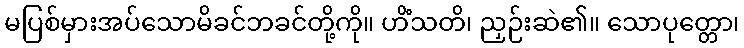
မပြစ်မှားအပ်သောမိခင်ဘခင်တို့ကို။ ဟိံသတိ၊ ညှဉ်းဆဲ၏။ သောပုတ္တော၊